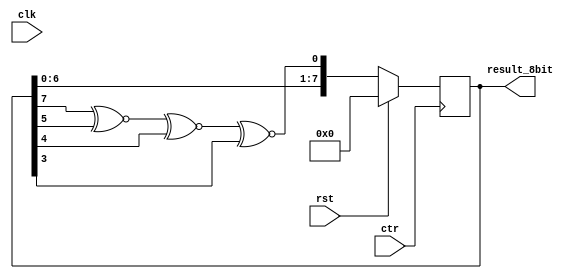
/*
   This file was generated automatically by the Mojo IDE version B1.3.6.
   Do not edit this file directly. Instead edit the original Lucid source.
   This is a temporary file and any changes made to it will be destroyed.
*/

module lfsr_randomizer_9 (
    input clk,
    input rst,
    input ctr,
    output reg [7:0] result_8bit
  );
  
  
  
  reg [7:0] M_count_d, M_count_q = 1'h0;
  
  always @* begin
    M_count_d = M_count_q;
    
    result_8bit[0+0-:1] = M_count_q[0+0-:1];
    M_count_d[1+0-:1] = M_count_q[0+0-:1];
    result_8bit[1+0-:1] = M_count_q[1+0-:1];
    M_count_d[2+0-:1] = M_count_q[1+0-:1];
    result_8bit[2+0-:1] = M_count_q[2+0-:1];
    M_count_d[3+0-:1] = M_count_q[2+0-:1];
    result_8bit[3+0-:1] = M_count_q[3+0-:1];
    M_count_d[4+0-:1] = M_count_q[3+0-:1];
    result_8bit[4+0-:1] = M_count_q[4+0-:1];
    M_count_d[5+0-:1] = M_count_q[4+0-:1];
    result_8bit[5+0-:1] = M_count_q[5+0-:1];
    M_count_d[6+0-:1] = M_count_q[5+0-:1];
    result_8bit[6+0-:1] = M_count_q[6+0-:1];
    M_count_d[7+0-:1] = M_count_q[6+0-:1];
    result_8bit[7+0-:1] = M_count_q[7+0-:1];
    M_count_d[0+0-:1] = M_count_q[7+0-:1] ~^ M_count_q[5+0-:1] ~^ M_count_q[4+0-:1] ~^ M_count_q[3+0-:1];
  end
  
  always @(posedge ctr) begin
    if (rst == 1'b1) begin
      M_count_q <= 1'h0;
    end else begin
      M_count_q <= M_count_d;
    end
  end
  
endmodule